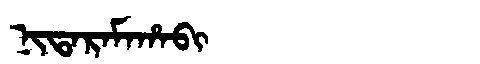
Manchu: ᠨᡳᡨᠠᡵᠠᠮᠠᡥᠠᠪᡳ
Romanization: NITARAMAHABI